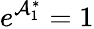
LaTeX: e^{\mathcal{A}_{1}^{\ast}}=1